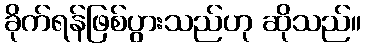
ခိုက်ရန်ဖြစ်ပွားသည်ဟု ဆိုသည်။